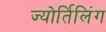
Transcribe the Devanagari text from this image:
ज्योर्तिलिंग